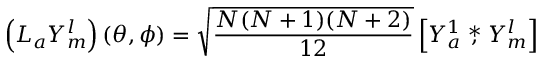
\left( L _ { a } { Y } _ { m } ^ { l } \right) ( \theta , \phi ) = \sqrt { \frac { N ( N + 1 ) ( N + 2 ) } { 1 2 } } \left[ { Y } _ { a } ^ { 1 } \stackrel { * } { , } { Y } _ { m } ^ { l } \right]